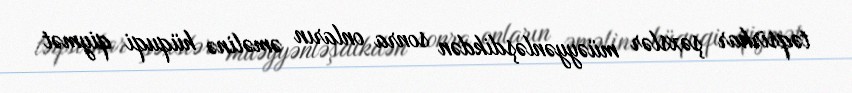
təqsirkar şəxslər müəyyənləşdikdən sonra onların əməlinə hüquqi qiymət